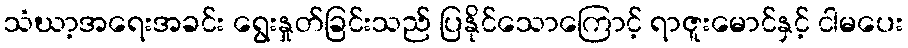
သံဃာ့အရေးအခင်း ရွေးနှုတ်ခြင်းသည် ပြနိုင်သောကြောင့် ရာဇူးမောင်နှင့် ငါမပေး